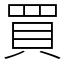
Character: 買